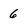
Character: 6